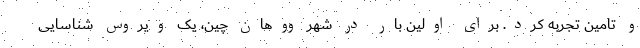
و تامین تجربه کرد. برای اولین بار در شهر ووهان چین، یک ویروس شناسایی